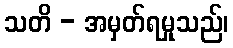
သတိ - အမှတ်ရမှုသည်၊